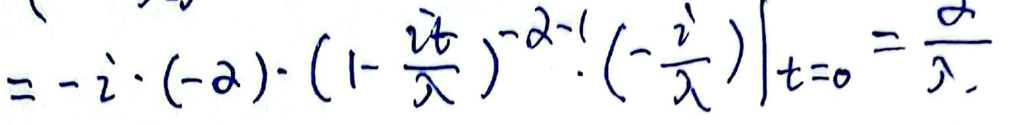
\[
= - i \cdot ( - \alpha ) \cdot \left( 1 - \frac{i t}{\lambda} \right)^{-\alpha - 1} \cdot \left( - \frac{i}{\lambda} \right) \Bigg|_{t = 0} = \frac{\alpha}{\lambda}
\]